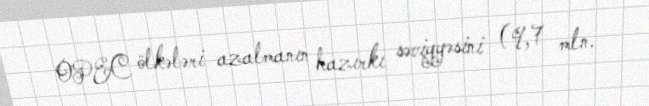
OPEC ölkələri azalmanın hazırkı səviyyəsini (9,7 mln.